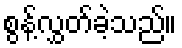
စွန့်လွှတ်ခဲ့သည်။